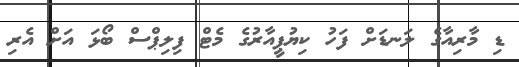
ޑި މާރިއާގެ ލަނޑަށް ފަހު ކިޔުޕީއާރުގެ މެޓް ފިލިޕްސް ބޯޅަ އަށް އެރި